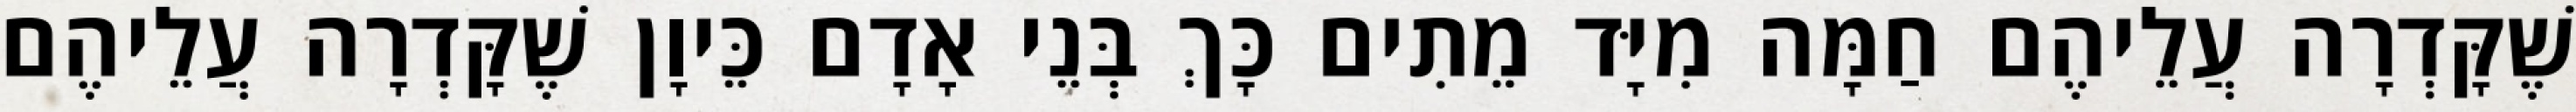
שֶׁקָּדְרָה עֲלֵיהֶם חַמָּה מִיָּד מֵתִים כָּךְ בְּנֵי אָדָם כֵּיוָן שֶׁקָּדְרָה עֲלֵיהֶם